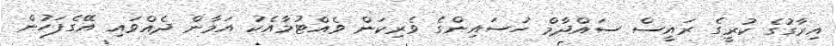
އިރާގުގެ ކުރީގެ ރައީސް ސައްދާމް ހުސައިންގެ ވެރިކަން ވެއްޓުމާއެކު އަމާން ދެއްވައި އޭގެފަހުން